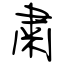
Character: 粛